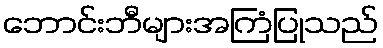
ဘောင်းဘီများအကြံပြုသည်